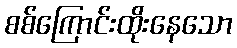
စစ်ကြောင်းထိုးနေသော